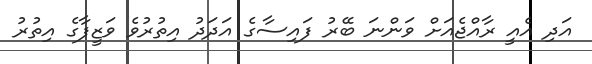
އަދި އެއީ ރާއްޖެއަށް ވަންނަ ބޭރު ފައިސާގެ އަދަދު އިތުރުވެ ވަޒީފާގެ އިތުރު